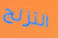
التزلج